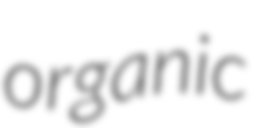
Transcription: organic